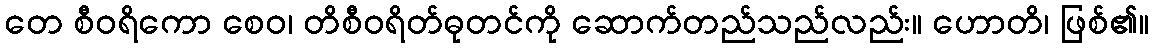
တေ စီဝရိကော စေဝ၊ တိစီဝရိတ်ဓုတင်ကို ဆောက်တည်သည်လည်း။ ဟောတိ၊ ဖြစ်၏။